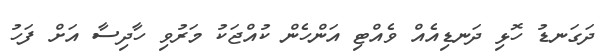
ދަގަނޑު ހޮޅި ދަނޑިއެއް ވެއްޓި އަންހެން ކުއްޖަކު މަރުވި ހާދިސާ އަށް ފަހު